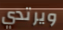
ويرتدي